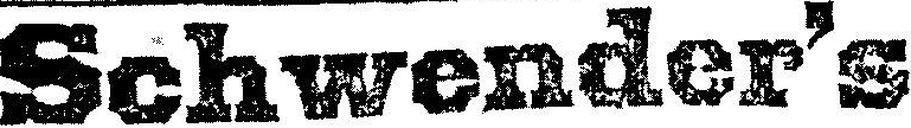
Schwender’s